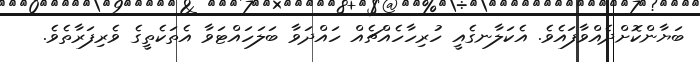
ބަޔާންކޮށްދެއްވާފައެވެ. އެކަލާނގެއީ ހުރިހާހެއްޗެއް ހައްދަވާ ބަލަހައްޓަވާ އެތަކެތީގެ ވެރިފަރާތެވެ.